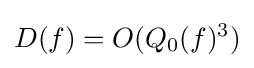
D(f)=O(Q_{0}(f)^{3})